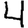
Digit: 4